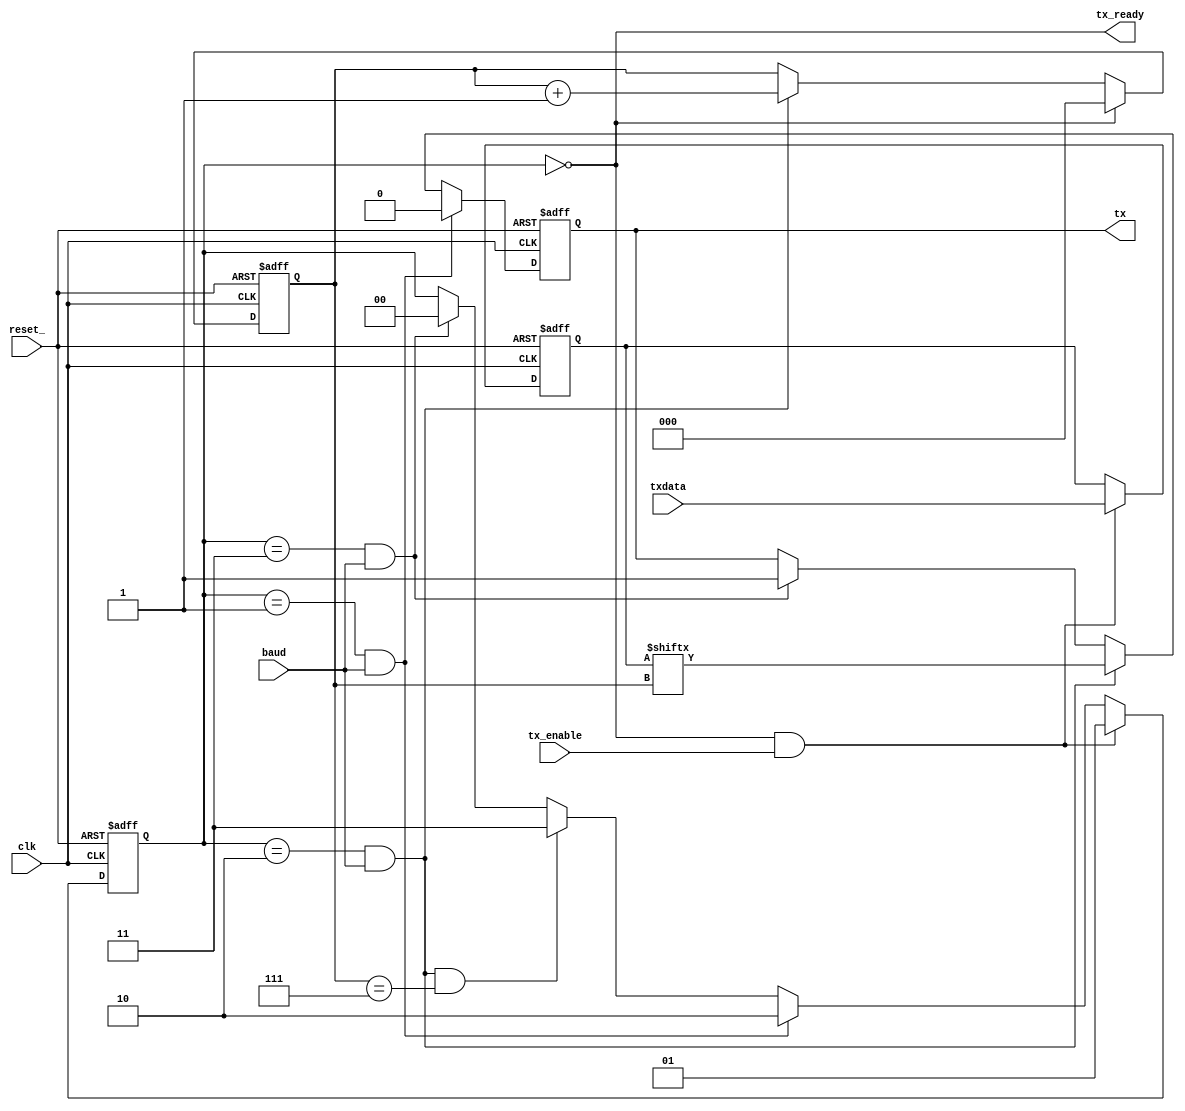
module tx (
    clk,
    reset_,
    baud,
    txdata,
    tx_enable,
    tx_ready,	   
    tx);

   input       clk;
   input       reset_;    
   input       baud;       // Baud enable
   input [7:0] txdata;     // Parallel data to transmit
   input       tx_enable;  // When asserted, txdata is sampled for transmission
   output      tx_ready;   // Asserted when transmit complete (ready for next byte)
   output      tx;         // Serial transmit data

   reg 	       tx;
   reg [1:0]   state;
   reg [7:0]   txdata_sampled;
   reg [2:0]   txpos;   
   
   // Transmitter states
   parameter ST_IDLE    = 2'd0;
   parameter ST_TXSTART = 2'd1;
   parameter ST_TXDATA  = 2'd2;
   parameter ST_TXSTOP  = 2'd3;

   assign tx_ready = state == ST_IDLE;   
   
   // State machine
   always@ (posedge clk or negedge reset_)
     if (!reset_)
       state <= ST_IDLE;
     else if (state == ST_IDLE && tx_enable)
       state <= ST_TXSTART;
     else if (state == ST_TXSTART && baud)
       state <= ST_TXDATA;
     else if (state == ST_TXDATA && baud && txpos == 3'd7)
       state <= ST_TXSTOP;
     else if (state == ST_TXSTOP && baud)
       state <= ST_IDLE;

   // Serial transmit data
   always@ (posedge clk or negedge reset_)
     if (!reset_)
       tx <= 1'b1;
     else if (state == ST_TXSTART && baud)
       tx <= 1'b0;
     else if (state == ST_TXDATA && baud)
       tx <= txdata_sampled[txpos];
     else if (state == ST_TXSTOP && baud)
       tx <= 1'b1;

   // Transmit position (bit of txdata being sent)
   always@ (posedge clk or negedge reset_)
     if (!reset_)
       txpos <= 3'd0;
     else if (state == ST_IDLE)
       txpos <= 3'd0;     
     else if (state == ST_TXDATA && baud)
       txpos <= txpos + 3'd1;

   // Local copy of txdata
   always@ (posedge clk or negedge reset_)
     if (!reset_)
       txdata_sampled <= 8'h0;
     else if (tx_enable && tx_ready)
       txdata_sampled <= txdata;
      
endmodule